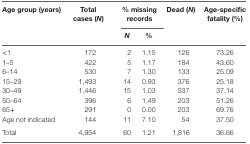
<table><thead><tr><td rowspan="2"><b>Age group (years)</b></td><td rowspan="2"><b>Total cases (<i>N</i>)</b></td><td colspan="2"><b>% missing records</b></td><td rowspan="2"><b>Dead (<i>N</i>)</b></td><td rowspan="2"><b>Age-specific fatality (%)</b></td></tr><tr><td><b><i>N</i></b></td><td><b>%</b></td></tr></thead><tbody><tr><td>&lt;1</td><td>172</td><td>2</td><td>1.15</td><td>126</td><td>73.26</td></tr><tr><td>1–5</td><td>422</td><td>5</td><td>1.17</td><td>184</td><td>43.60</td></tr><tr><td>6–14</td><td>530</td><td>7</td><td>1.30</td><td>133</td><td>25.09</td></tr><tr><td>15–29</td><td>1,493</td><td>14</td><td>0.93</td><td>376</td><td>25.18</td></tr><tr><td>30–49</td><td>1,446</td><td>15</td><td>1.03</td><td>537</td><td>37.14</td></tr><tr><td>50–64</td><td>396</td><td>6</td><td>1.49</td><td>203</td><td>51.26</td></tr><tr><td>65+</td><td>291</td><td>0</td><td>0.00</td><td>203</td><td>69.76</td></tr><tr><td>Age not indicated</td><td>144</td><td>11</td><td>7.10</td><td>54</td><td>37.50</td></tr><tr><td>Total</td><td>4,954</td><td>60</td><td>1.21</td><td>1,816</td><td>36.66</td></tr></tbody></table>